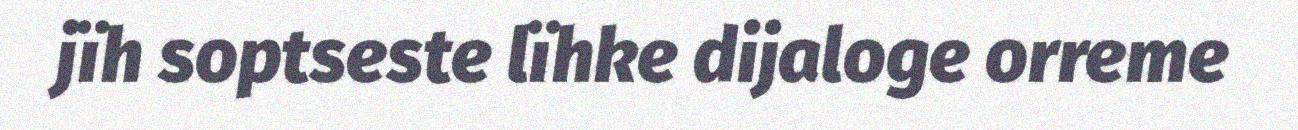
jïh soptseste lïhke dijaloge orreme